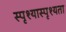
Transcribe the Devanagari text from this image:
स्पृश्यास्पृश्यता